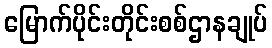
မြောက်ပိုင်းတိုင်းစစ်ဌာနချုပ်